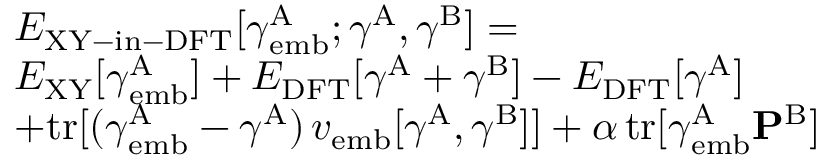
\begin{array} { r l } & { E _ { \mathrm { X Y - i n - D F T } } [ \boldsymbol { \gamma } _ { \mathrm { e m b } } ^ { \mathrm { A } } ; \boldsymbol { \gamma } ^ { \mathrm { A } } , \boldsymbol { \gamma } ^ { \mathrm { B } } ] = } \\ { \newline } & { E _ { \mathrm { X Y } } [ \boldsymbol { \gamma } _ { \mathrm { e m b } } ^ { \mathrm { A } } ] + E _ { \mathrm { D F T } } [ \boldsymbol { \gamma } ^ { \mathrm { A } } + \boldsymbol { \gamma } ^ { \mathrm { B } } ] - E _ { \mathrm { D F T } } [ \boldsymbol { \gamma } ^ { \mathrm { A } } ] } \\ { \newline } & { + \mathrm { t r } [ ( \boldsymbol { \gamma } _ { \mathrm { e m b } } ^ { \mathrm { A } } - \boldsymbol { \gamma } ^ { \mathrm { A } } ) \, \boldsymbol { v } _ { \mathrm { e m b } } [ \boldsymbol { \gamma } ^ { \mathrm { A } } , \boldsymbol { \gamma } ^ { \mathrm { B } } ] ] + \alpha \, \mathrm { t r } [ \boldsymbol { \gamma } _ { \mathrm { e m b } } ^ { \mathrm { A } } \mathbf { P } ^ { \mathrm { B } } ] } \end{array}